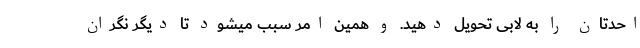
احدتان را به لابی تحویل دهید. و همین امر سبب میشود تا دیگر نگران